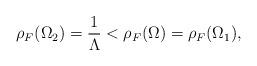
LaTeX: \begin{align*}\rho_{F}(\Omega_{2})=\frac{1}{\Lambda}<\rho_{F}(\Omega)=\rho_{F}(\Omega_{1}),\end{align*}